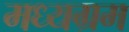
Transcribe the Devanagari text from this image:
मध्यग्रम